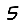
Digit: 5